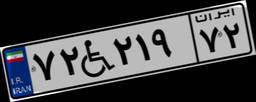
۸۲W۰۴۵۳۴